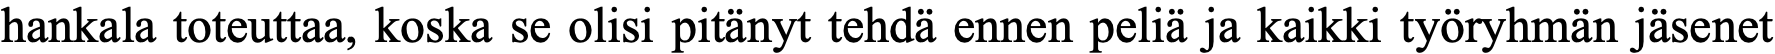
hankala toteuttaa, koska se olisi pitänyt tehdä ennen peliä ja kaikki työryhmän jäsenet